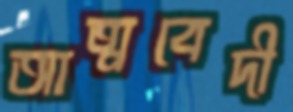
আত্মবেদী